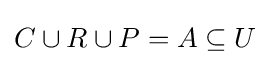
C\cup R\cup P=A\subseteq U